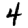
Digit: 4